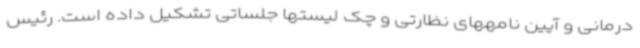
درمانی و آیین نامههای نظارتی و چک لیستها جلساتی تشکیل داده است. رئیس